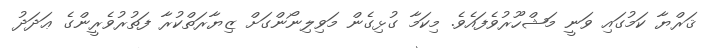
ޤަރްޔާ ކަމުގައި ވަނީ މަޝްހޫރުވެފައެވެ. މިކަމާ ގުޅިގެން މަވިލިނޯންގަށް ޒިޔާރަތްކުރާ ފަތުރުވެރީންގެ ޢަދަދު